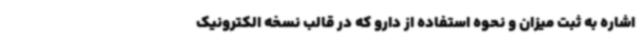
اشاره به ثبت میزان و نحوه استفاده از دارو که در قالب نسخه الکترونیک